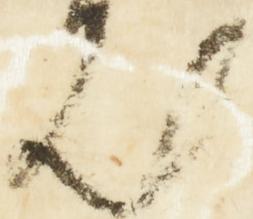
汰